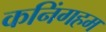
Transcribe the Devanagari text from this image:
कनिंगहम